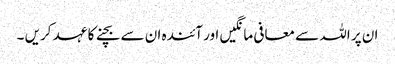
ان پر اللہ سے معافی مانگیں اور آئندہ ان سے بچنے کا عہد کریں ۔